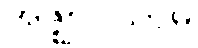
အဇ္ဈာဝသာမ